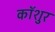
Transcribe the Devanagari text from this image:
कॉशुर